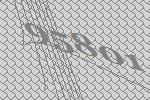
95801